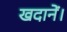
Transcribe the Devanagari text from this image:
खदानें।